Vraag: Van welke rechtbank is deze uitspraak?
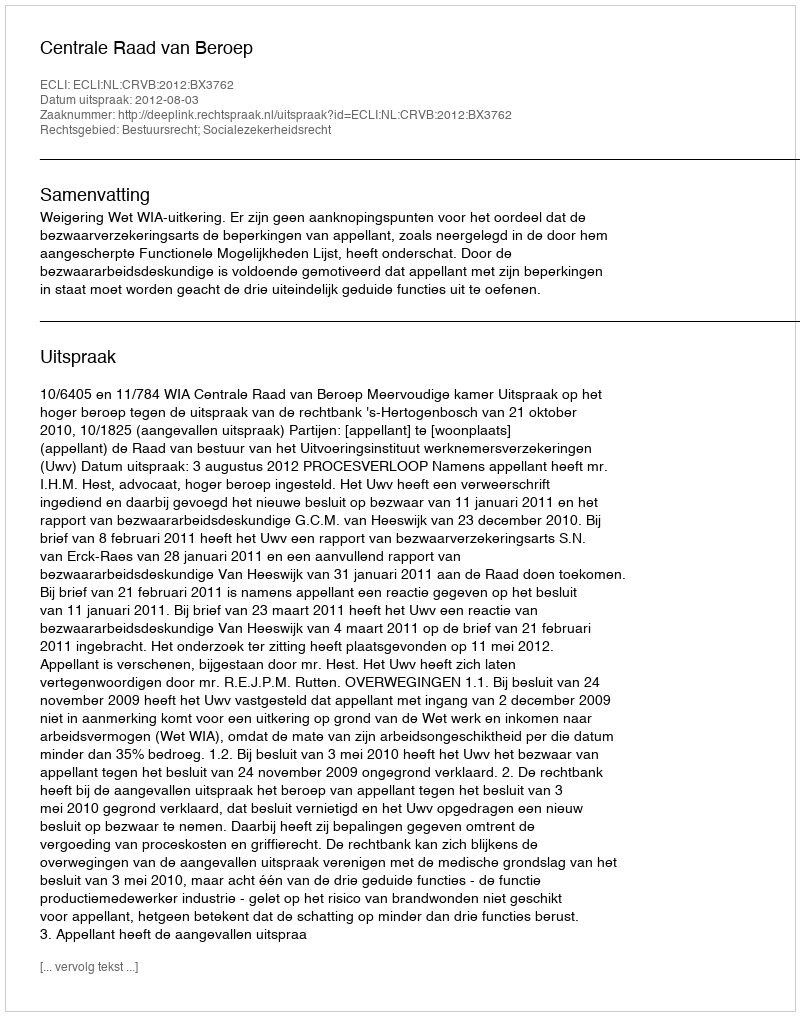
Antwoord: Centrale Raad van Beroep